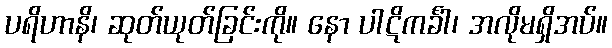
ပရိဟာနိ၊ ဆုတ်ယုတ်ခြင်းကို။ နော ပါဋိကင်္ခါ၊ အလိုမရှိအပ်။